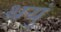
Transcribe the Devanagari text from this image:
थयुं